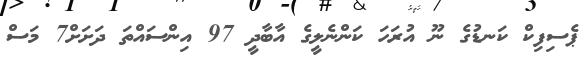
ޕެސިފިކް ކަނޑުގެ ނޫ އުރަހަ ކަންނެލީގެ އާބާދީ 97 އިންސައްތަ ދަށަށް7 މަސް